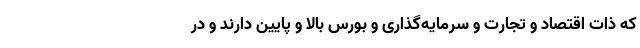
که ذات اقتصاد و تجارت و سرمایه‌گذاری و بورس بالا و پایین دارند و در